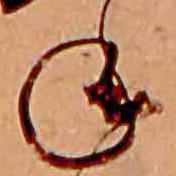
ね